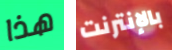
هذا بالإنترنت